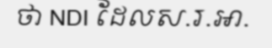
ថា NDI ដែលស.រ.អា.